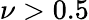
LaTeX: \nu>0.5